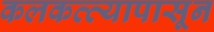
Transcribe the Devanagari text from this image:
कलकत्त्यापासून